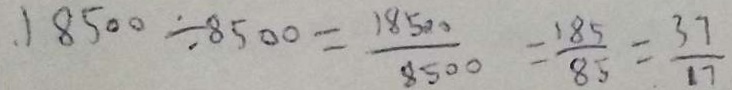
1 8 5 0 0 \div 8 5 0 0 = \frac { 1 8 5 0 0 } { 8 5 0 0 } = \frac { 1 8 5 } { 8 5 } = \frac { 3 7 } { 1 7 }